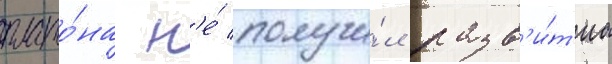
плато́на н'е́ получи́л разв'и́т'иа